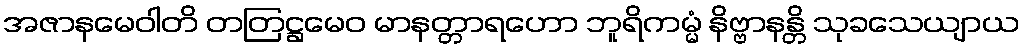
အဇာနမေဝါတိ တတြဋ္ဌမေဝ မာနတ္တာရဟော ဘူရိကမ္မံ နိဗ္ဗာနန္တိ သုခသေယျာယ